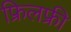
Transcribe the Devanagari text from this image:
फ्रिलफ्री